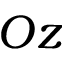
O z